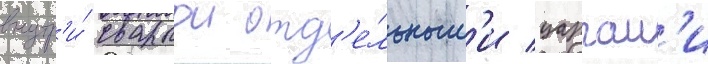
внутр'и́ сваркои отд'е́льным'и царгам'и